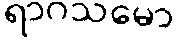
ရာဂသမော